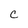
Character: C